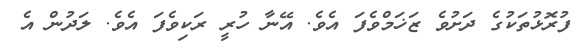
ފުރޮޅުތަކުގެ ދަށުވެ ޒަޚަމްވެފަ އެވެ. އޭނާ ހުރީ ރަކިވެފަ އެވެ. ލަދުން އެ